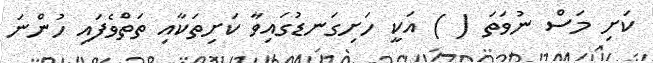
ކަށި މަސް ނުވަތަ ( ) އަކީ ހަށިގަނޑުގައިވާ ކަށިތަކާއި ތަތްވެފައި ހުންނަ